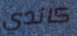
كاندي